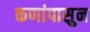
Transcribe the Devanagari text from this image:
कणांपासुन